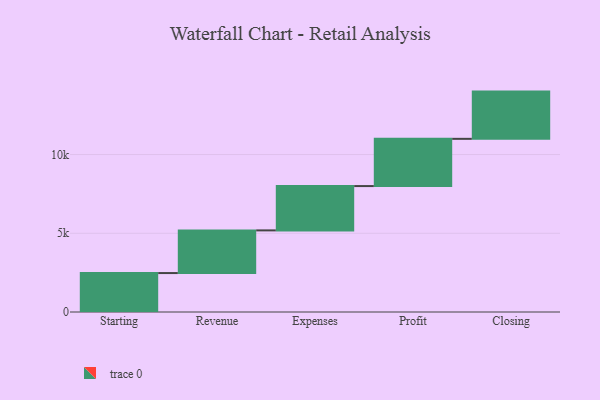
{"axis": {"x": "Step", "y": "Value"}, "legend": [""], "data": [{"x": "Starting", "y": 2473.0, "type": ""}, {"x": "Revenue", "y": 2710.0, "type": ""}, {"x": "Expenses", "y": 2815.0, "type": ""}, {"x": "Profit", "y": 3000, "type": ""}, {"x": "Closing", "y": 3000, "type": ""}]}